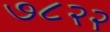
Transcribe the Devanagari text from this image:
७८२२